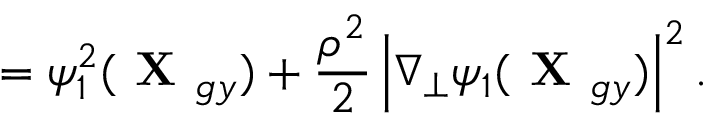
= \psi _ { 1 } ^ { 2 } ( \textbf { X } _ { g y } ) + \frac { \rho ^ { 2 } } { 2 } \left| \nabla _ { \perp } \psi _ { 1 } ( \textbf { X } _ { g y } ) \right| ^ { 2 } .